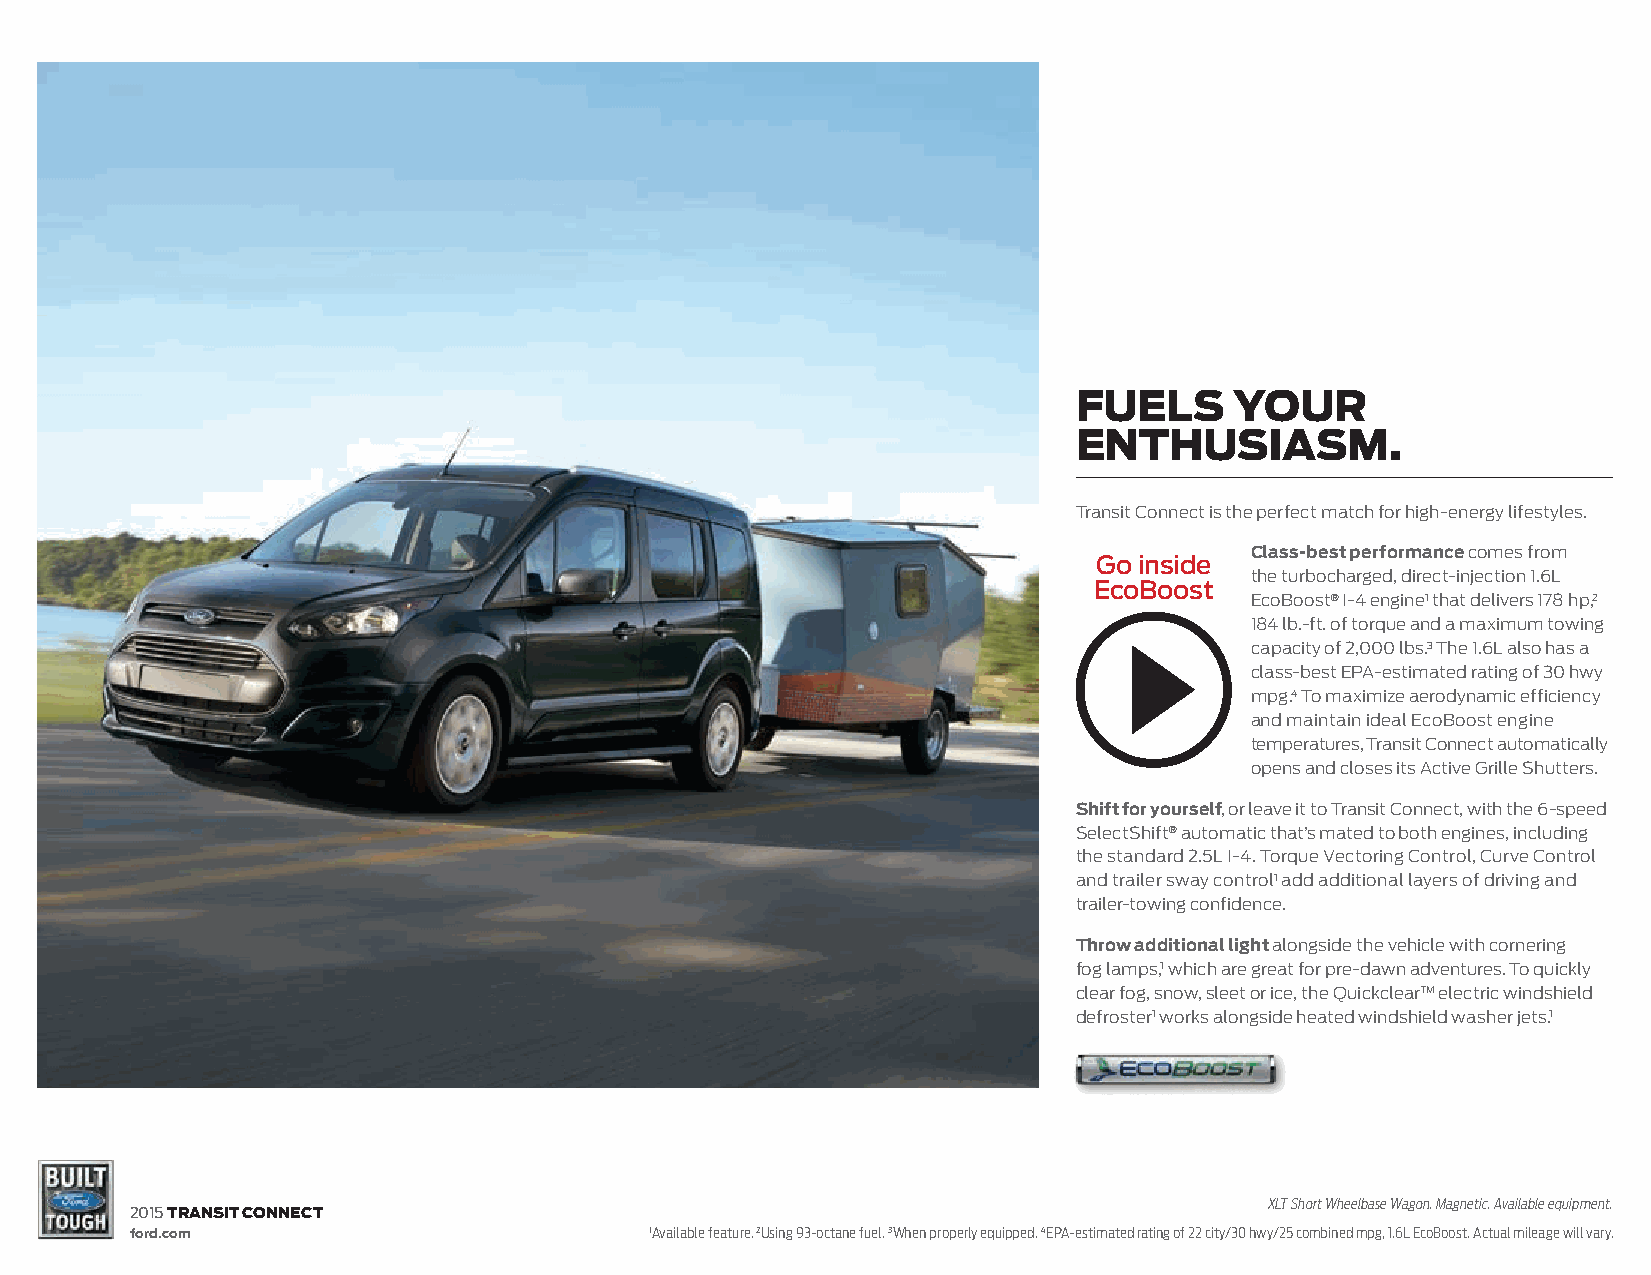
fuels      your
 enthusiasm.
 Transit Connect is the perfect match for high-energy lifestyles.
 Class-best performance comes from
 go inside
 the turbocharged, direct-injection 1.6L
 ecoBoost
 EcoBoost® I-4 engine1 that delivers 178 hp,2
 184 lb.-ft. of torque and a maximum towing
 capacity of 2,000 lbs.3 The 1.6L also has a
 class-best EPA-estimated rating of 30 hwy
 mpg.4 To maximize aerodynamic efficiency
 and maintain ideal EcoBoost engine
 temperatures, Transit Connect automatically
 opens and closes its Active Grille Shutters.
 Shift for yourself, or leave it to Transit Connect, with the 6-speed
 SelectShift® automatic that’s mated to both engines, including
 the standard 2.5L I-4. Torque Vectoring Control, Curve Control
 and trailer sway control1 add additional layers of driving and
 trailer-towing confidence.
 Throw additional light alongside the vehicle with cornering
 fog lamps,1 which are great for pre-dawn adventures. To quickly
 clear fog, snow, sleet or ice, the Quickclear™ electric windshield
 defroster1 works alongside heated windshield washer jets.1
 XLT Short Wheelbase Wagon. Magnetic. Available equipment.
 2015 transit connect
 ford.com                          1 Available feature. 2Using 93-octane fuel. 3When properly equipped. 4EPA-estimated rating of 22 city/30 hwy/25 combined mpg, 1.6L EcoBoost. Actual mileage will vary.